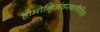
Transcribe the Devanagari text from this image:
होमोनिअंडरथलैसिस